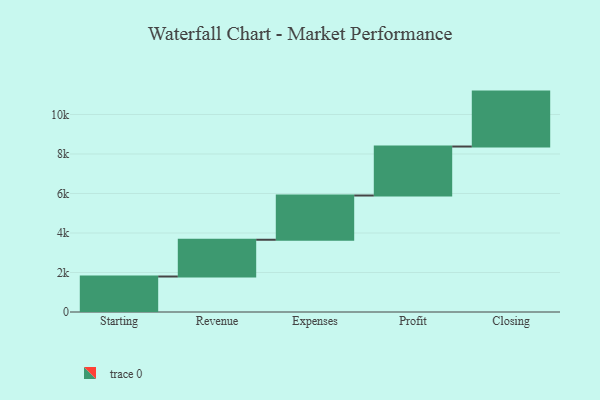
{"axis": {"x": "Step", "y": "Value"}, "legend": [""], "data": [{"x": "Starting", "y": 1797.0, "type": ""}, {"x": "Revenue", "y": 1861.0, "type": ""}, {"x": "Expenses", "y": 2240.0, "type": ""}, {"x": "Profit", "y": 2480.0, "type": ""}, {"x": "Closing", "y": 2781.0, "type": ""}]}